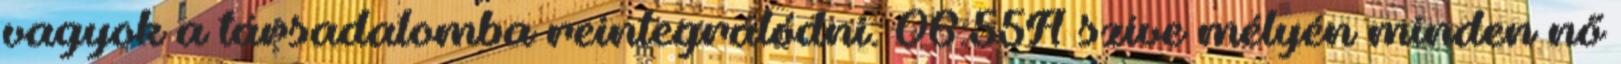
vagyok a társadalomba reintegrálódni. 06:55A szíve mélyén minden nő